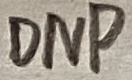
Text: DNP